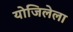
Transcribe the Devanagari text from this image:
योजिलेला